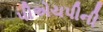
પીએચપીની